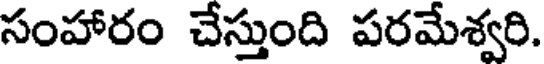
సంహారం చేస్తుంది పరమేశ్వరి.